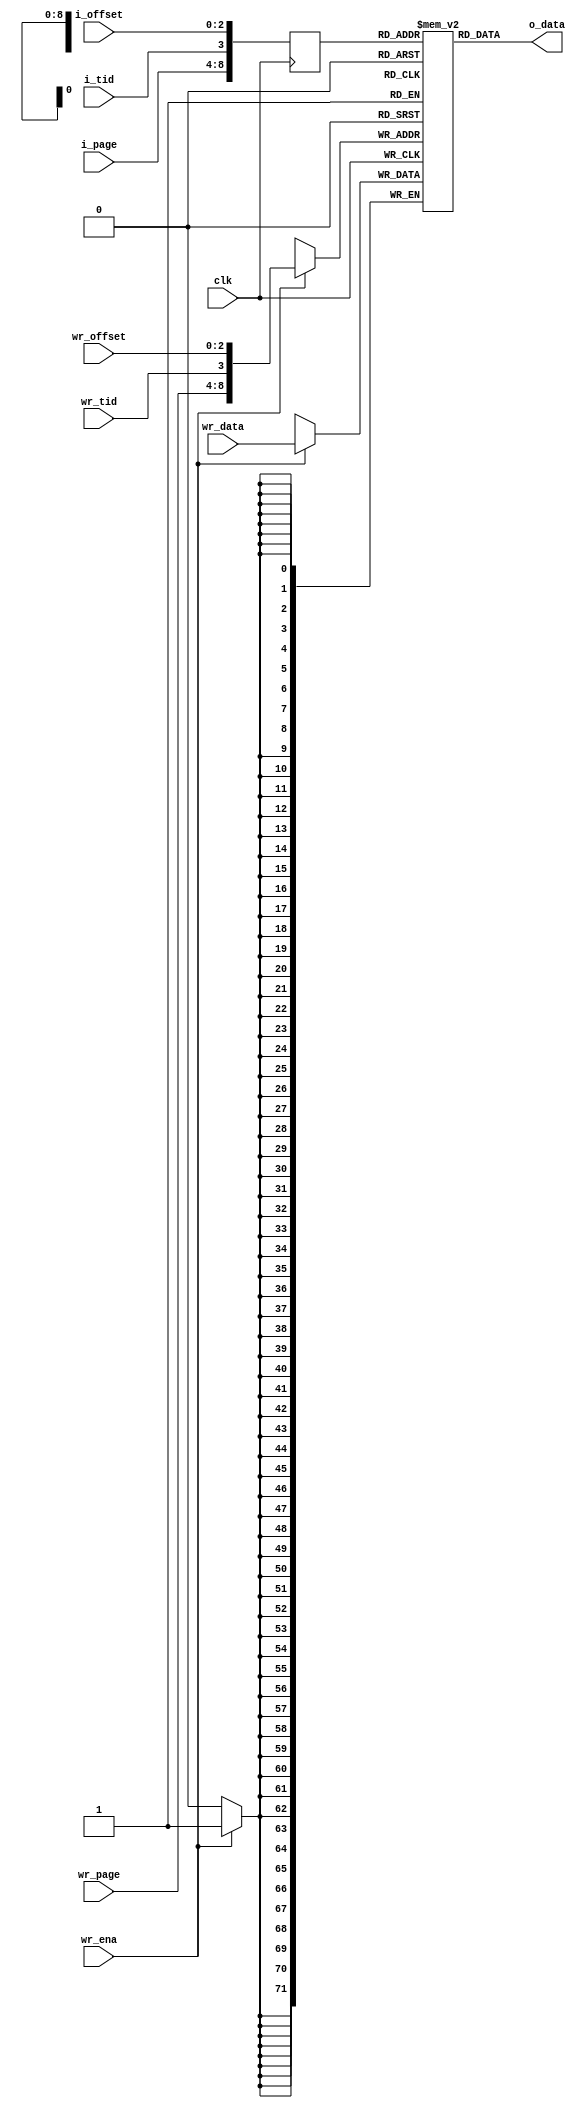
//==============================================================================================
//    Main contributors
//      - Adam Luczak         <mailto:adam.luczak@outlook.com>
//==============================================================================================
`default_nettype none
//----------------------------------------------------------------------------------------------
`timescale 1ns / 1ns                            
//==============================================================================================
// hierarchy:
// processor core (TOP)
// + instruction fetch 
//   + instruction cache way 
//     + instruction cache memory
//==============================================================================================
module eco32_core_ifu_icu_way_mem 
# // parameters
(
parameter [5:0]  PAGE_ADDR_WIDTH  =  6'h5
)
// ports
(
input  wire                             clk,

input  wire                             i_tid,
input  wire  [PAGE_ADDR_WIDTH-1:0]  i_page,
input  wire                    [2:0]    i_offset,     

input  wire                             wr_ena,
input  wire                             wr_tid,
input  wire  [PAGE_ADDR_WIDTH-1:0]  wr_page,
input  wire                    [2:0]    wr_offset,
input  wire                   [71:0]    wr_data,
 
output wire                   [71:0]    o_data
);                             
//==============================================================================================
// parameters
//==============================================================================================
localparam          _A                  =                             (PAGE_ADDR_WIDTH + 1 + 3);
localparam          _P                  =                             (PAGE_ADDR_WIDTH        );
localparam          _T                  =                          1<<(PAGE_ADDR_WIDTH + 1 + 3);       
//==============================================================================================
// variables
//==============================================================================================
(*ramstyle="no_rw_check"*) reg     [  71:0] mem [_T-1:0];
                           reg     [_A-1:0] mem_ptr;    
                           wire    [_A-1:0] wr_addr;
                           wire    [_A-1:0] rd_addr;
                           wire    [  71:0] rd_data;    
//==============================================================================================
// memory
//==============================================================================================
assign  wr_addr     =                                                {wr_page,wr_tid,wr_offset};
assign  rd_addr     =                                                {  i_page,i_tid, i_offset};
//----------------------------------------------------------------------------------------------
always@(posedge clk)
    begin
        if(wr_ena)  mem[wr_addr]    <= wr_data;
        mem_ptr                     <= rd_addr;
    end
//----------------------------------------------------------------------------------------------
assign  rd_data     =                                                              mem[mem_ptr];
//==============================================================================================
assign  o_data      =                                                                   rd_data;
//==============================================================================================
endmodule